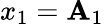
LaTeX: x_{1}=\mathbf{A}_{1}